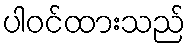
ပါဝင်ထားသည်